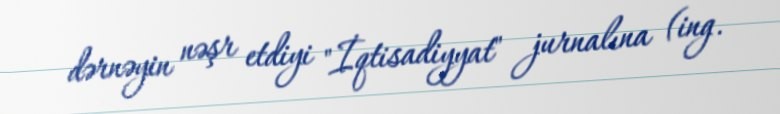
dərnəyin nəşr etdiyi "İqtisadiyyat" jurnalına (ing.